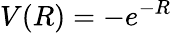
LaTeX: V(R)=-e^{-R}